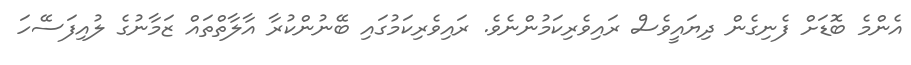
އެންމެ ބޮޑަށް ފެނިގެން ދިޔައީވެސް ރައިވެރިކަމުންނެވެ. ރައިވެރިކަމުގައި ބޭނުންކުރާ އާލާތްތައް ޒަމާނުގެ ލުއިފަސޭހަ